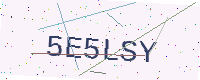
Text: 5E5LSY